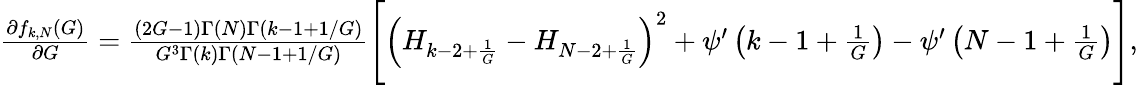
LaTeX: \begin{array}{r}{\frac{\partial f_{k,N}(G)}{\partial G}=\frac{(2G-1)\Gamma(N)\Gamma\left(k-1+1/G\right)}{G^{3}\Gamma(k)\Gamma\left(N-1+1/G\right)}\Bigg[\left(H_{k-2+\frac{1}{G}}-H_{N-2+\frac{1}{G}}\right)^{2}+\psi^{\prime}\left(k-1+\frac{1}{G}\right)-\psi^{\prime}\left(N-1+\frac{1}{G}\right)\Bigg],}\end{array}